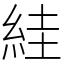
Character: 絓